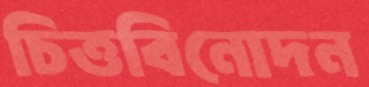
চিত্তবিনোদন